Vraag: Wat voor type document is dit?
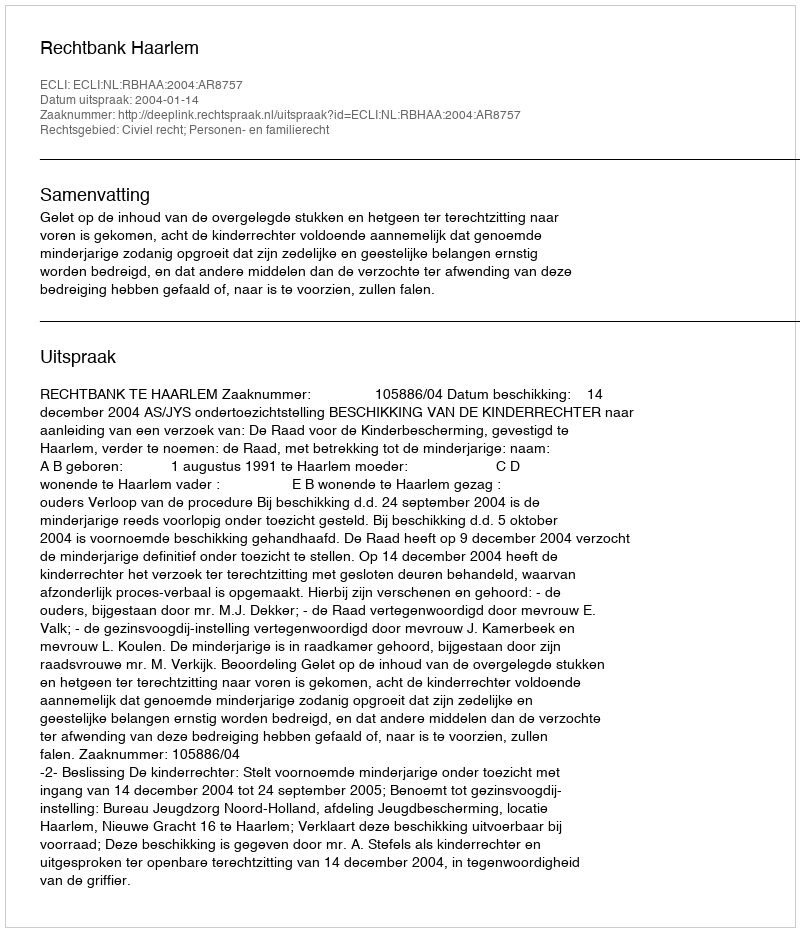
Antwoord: Uitspraak